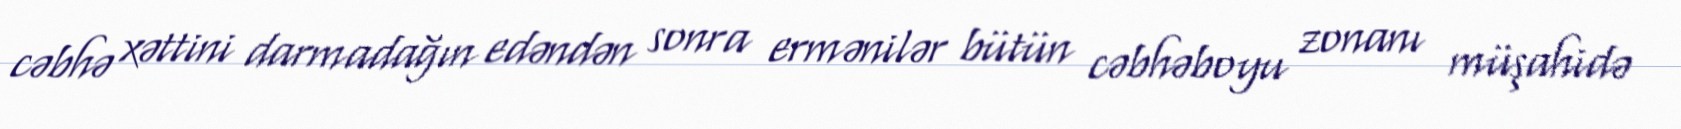
cəbhə xəttini darmadağın edəndən sonra ermənilər bütün cəbhəboyu zonanı müşahidə